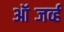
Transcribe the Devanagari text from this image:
ऑब्जर्व्ह